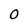
Character: O